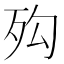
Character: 𣧔